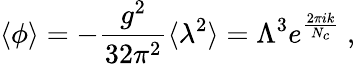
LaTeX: \langle\phi\rangle=-\frac{g^{2}}{32\pi^{2}}\langle\lambda^{2}\rangle=\Lambda^{3}e^{\frac{2\pi ik}{N_{c}}}\ ,